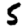
Digit: 5